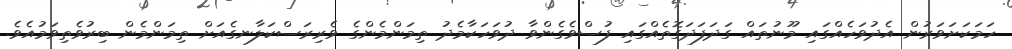
ހަމަކަށަވަރުން އެދުވަހެއްގައި މޫނުތައް ގަދަފަދަގޮތެއްގައި ފުސްވެގެންވާ ދުވަހަކާމެދު ތިމަންމެންގެ ވެރިރަސްކަލާނގެއަށް ތިމަންމެން ބިރުވެތިވަމުއެވެ.